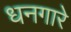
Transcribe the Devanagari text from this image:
धनगारे